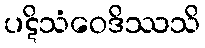
ပဋိသံဝေဒိဿသိ